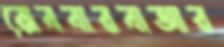
রোববারবাজার